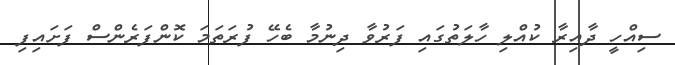
ސިއްހީ ދާއިރާ ކުއްލި ހާލަތުގައި ފަރުވާ ދިނުމާ ބެހޭ ފުރަތަމަ ކޮންފަރެންސް ފަށައިފި